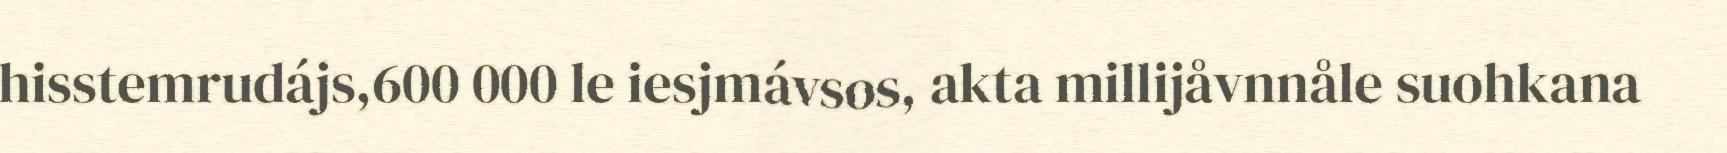
hisstemrudájs,600 000 le iesjmávsos, akta millijåvnnåle suohkana